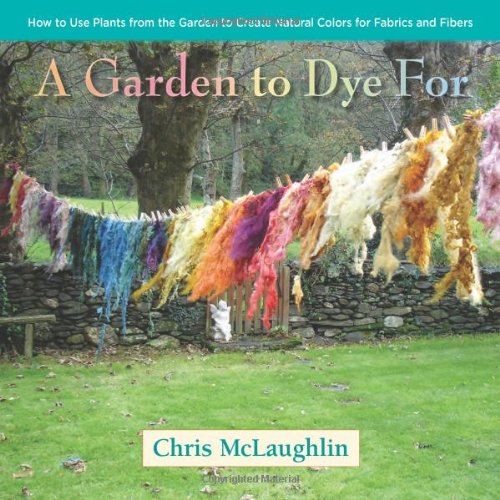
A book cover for A Garden to Dye For: How to Use Plants from the Garden to Create Natural Colors for Fabrics & Fibers; Chris McLaughlin; Crafts, Hobbies & Home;